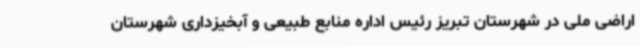
اراضی ملی در شهرستان تبریز رئیس اداره منابع طبیعی و آبخیزداری شهرستان